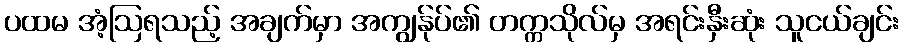
ပထမ အံ့ဩရသည့် အချက်မှာ အကျွန်ုပ်၏ တက္ကသိုလ်မှ အရင်းနှီးဆုံး သူငယ်ချင်း